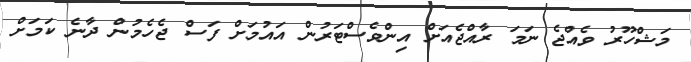
މަޝްހޫރު ވެއްޖެ ނަމަ ރާއްޖެއަށް އިންވެސްޓަރުން އައުމަށް ފަސް ޖެހެމުން ދާނެ ކަމަށް